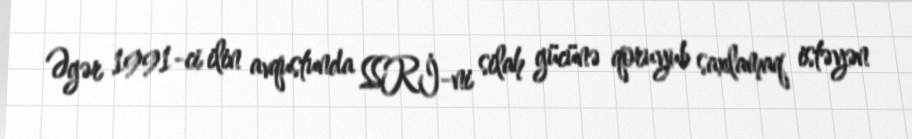
Əgər 1991-ci ilin avqustunda SSRİ-ni silah gücünə qoruyub saxlamaq istəyən